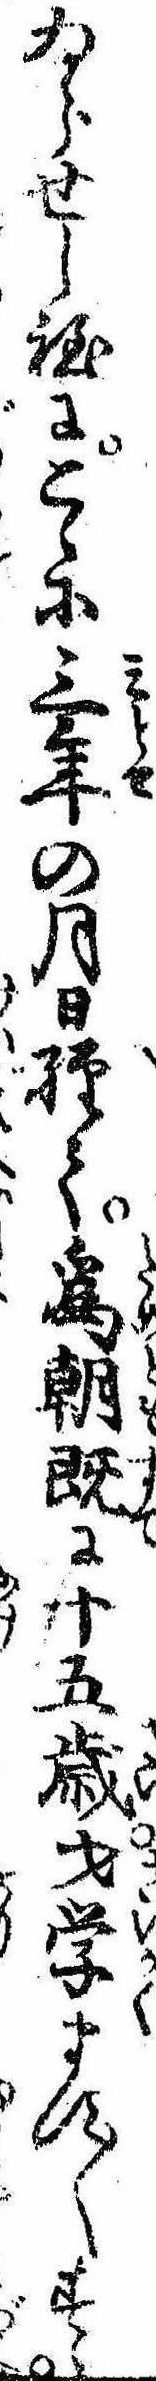
ゐらせし程にこゝに三年の月日経て為朝既に十五歳才学ます〱すゝ